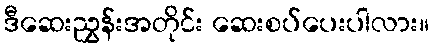
ဒီဆေးညွှန်းအတိုင်း ဆေးစပ်ပေးပါလား။